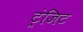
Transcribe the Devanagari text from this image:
ट्रंजिट